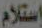
إستلام